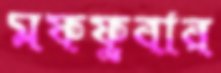
মফফুবার